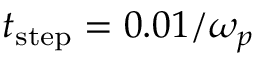
t _ { \mathrm { s t e p } } = 0 . 0 1 / \omega _ { p }